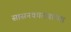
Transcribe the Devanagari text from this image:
सासनकाठ्यांच्या